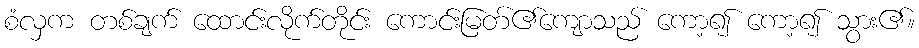
စံလှက တစ်ချက် ထောင်းလိုက်တိုင်း ကောင်းမြတ်၏ကျောသည် ကော့၍ ကော့၍ သွား၏။